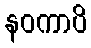
နဝကာပိ